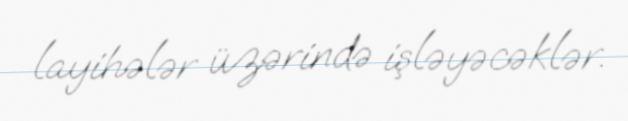
layihələr üzərində işləyəcəklər.